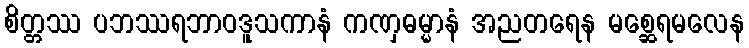
စိတ္တဿ ပဘဿရဘာဝဒူသကာနံ ကဏှဓမ္မာနံ အညတရေန မစ္ဆေရမလေန